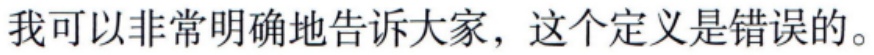
我可以非常明确地告诉大家，这个定义是错误的。